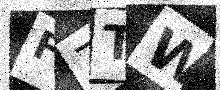
Text: F7TW